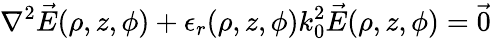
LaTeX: \nabla^{2}\vec{E}(\rho,z,\phi)+\epsilon_{r}(\rho,z,\phi)k_{0}^{2}\vec{E}(\rho,z,\phi)={\vec{0}}